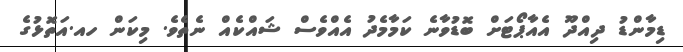
ޑިމާންޑު ދިއްދޫ އެއާޕޯޓަށް ބޮޑުވާނެ ކަމާމެދު އެއްވެސް ޝައްކެއް ނެތެވެ. މިކަން ހއ.އަތޮޅުގެ